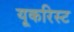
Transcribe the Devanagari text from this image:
यूकरिस्ट